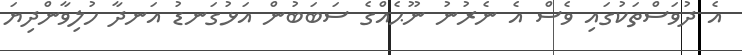
އެ ދުވަސްތަކުގައި ވެސް އެ ނެރުނު ނޫޙެއްގެ ސަބަބުން އަޅުގަނޑު އަނދާ ހުލިވާންދިޔަ